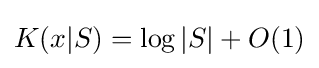
K(x|S)=\log |S|+O(1)